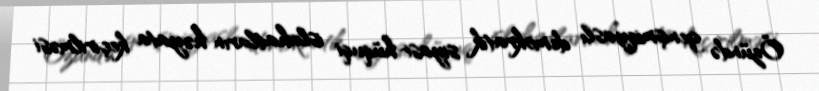
Özündə genişmiqyaslı demokratik siyasi-hüquqi islahatların həyata keçirilməsi